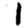
Digit: 1